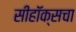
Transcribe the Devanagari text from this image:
सीहॉक्सचा